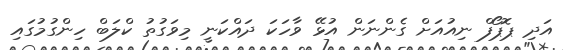
އަދި ޕޮޕޯފް ނިއުއަށް ގެންނަން އުޅޭ ވާހަކަ ދައްކަނީ މިވަގުތު ކްލަބް ހިންގުމުގައި